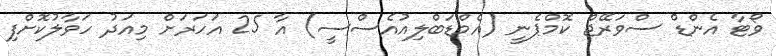
ވޯޓާ އެންޑް ސްވަރޭޖް ކޮމްޕެނީ (އެމްޑަބްލިއުއެސްސީ) އާ 25 އަހަރަށް މިއަދު ހަވާލުކޮށްފި